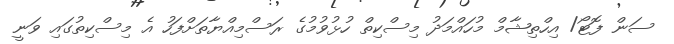
ސަން ފޮޓޯ/ އިހްތިޝާމް މުހައްމަދު މިސްކިތް ހުޅުވުމުގެ ރަސްމިއްޔާތަށްފަހު އެ މިސްކިތުގައި ވަނީ